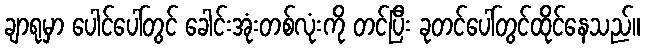
ချာရုမှာ ပေါင်ပေါ်တွင် ခေါင်းအုံးတစ်လုံးကို တင်ပြီး ခုတင်ပေါ်တွင်ထိုင်နေသည်။